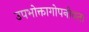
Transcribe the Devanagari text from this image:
उपभोक्तागोपनीयता